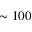
\sim 1 0 0